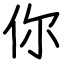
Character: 你